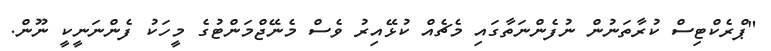
"ޕްރެކްޓިސް ކުރާތަނުން ނުފެންނަތާގައި މެޗެއް ކުޅޭއިރު ވެސް މެނޭޖްމަންޓުގެ މީހަކު ފެންނަނީކީ ނޫން.